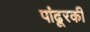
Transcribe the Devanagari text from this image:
पांढूरकी